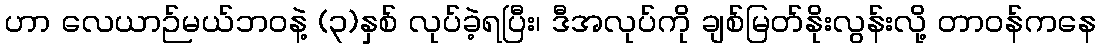
ဟာ လေယာဉ်မယ်ဘဝနဲ့ (၃)နှစ် လုပ်ခဲ့ရပြီး၊ ဒီအလုပ်ကို ချစ်မြတ်နိုးလွန်းလို့ တာဝန်ကနေ